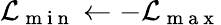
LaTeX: \mathcal{L}_{\mathrm{~m~i~n~}}\leftarrow-\mathcal{L}_{\mathrm{~m~a~x~}}